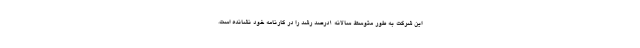
این شرکت به طور متوسط سالانه 1درصد رشد را در کارنامه خود نشانده است.